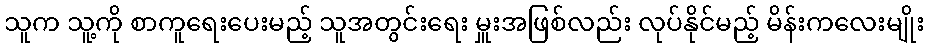
သူက သူ့ကို စာကူရေးပေးမည့် သူအတွင်းရေး မှူးအဖြစ်လည်း လုပ်နိုင်မည့် မိန်းကလေးမျိုး